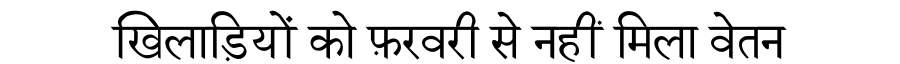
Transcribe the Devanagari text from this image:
खिलाड़ियों को फ़रवरी से नहीं मिला वेतन